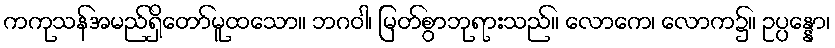
ကကုသန်အမည်ရှိတော်မူထသော။ ဘဂဝါ၊ မြတ်စွာဘုရားသည်။ လောကေ၊ လောက၌။ ဥပ္ပန္နော၊